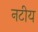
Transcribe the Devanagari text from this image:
नटीय